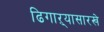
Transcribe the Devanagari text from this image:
ढिगाऱ्यासारखे